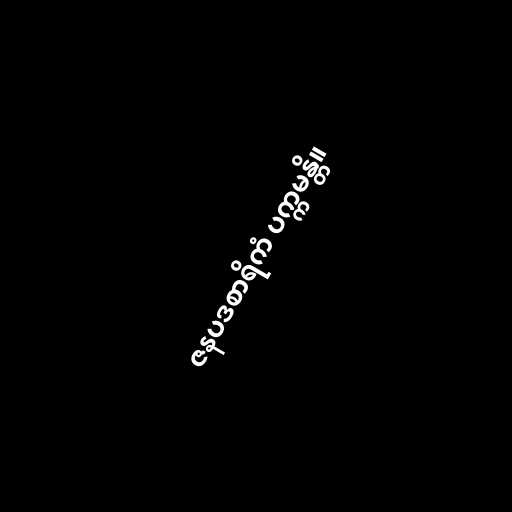
ဇနပဒစာရိကံ ပက္ကမန္တိ။